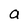
Character: a